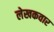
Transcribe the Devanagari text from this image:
लेखकवार